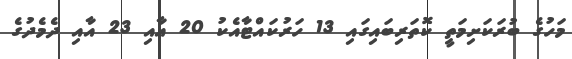
މަހުގެ ބުރަކަށިމަތީ ކޮތަރިބައިގައި 13 ހަރުކައްޓާއެކު 20 އާއި 23 އާއި ދެމެދުގެ